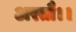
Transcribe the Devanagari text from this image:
अरतौ।।